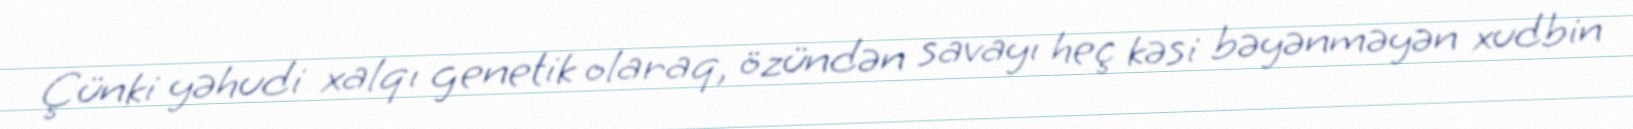
Çünki yəhudi xalqı genetik olaraq, özündən savayı heç kəsi bəyənməyən xudbin